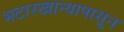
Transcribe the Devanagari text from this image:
भटारखान्यापासून